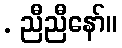
. ညီညီနော်။